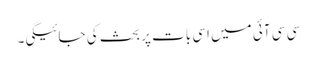
سی سی آئی میں اسی بات پر بحث کی جائیگی۔